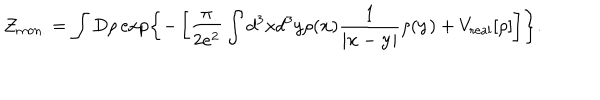
LaTeX: { \cal Z } _ { \mathrm { m o n . } } = \int D \rho \exp \left\{ - \left[ \frac { \pi } { 2 e ^ { 2 } } \int d ^ { 3 } x d ^ { 3 } y \rho ( { \bf x } ) \frac { 1 } { | { \bf x } - { \bf y } | } \rho ( { \bf y } ) + V _ { \mathrm { r e a l } } [ \rho ] \right] \right\} .